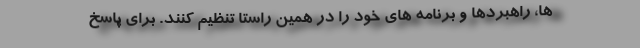
ها، راهبردها و برنامه های خود را در همین راستا تنظیم کنند. برای پاسخ